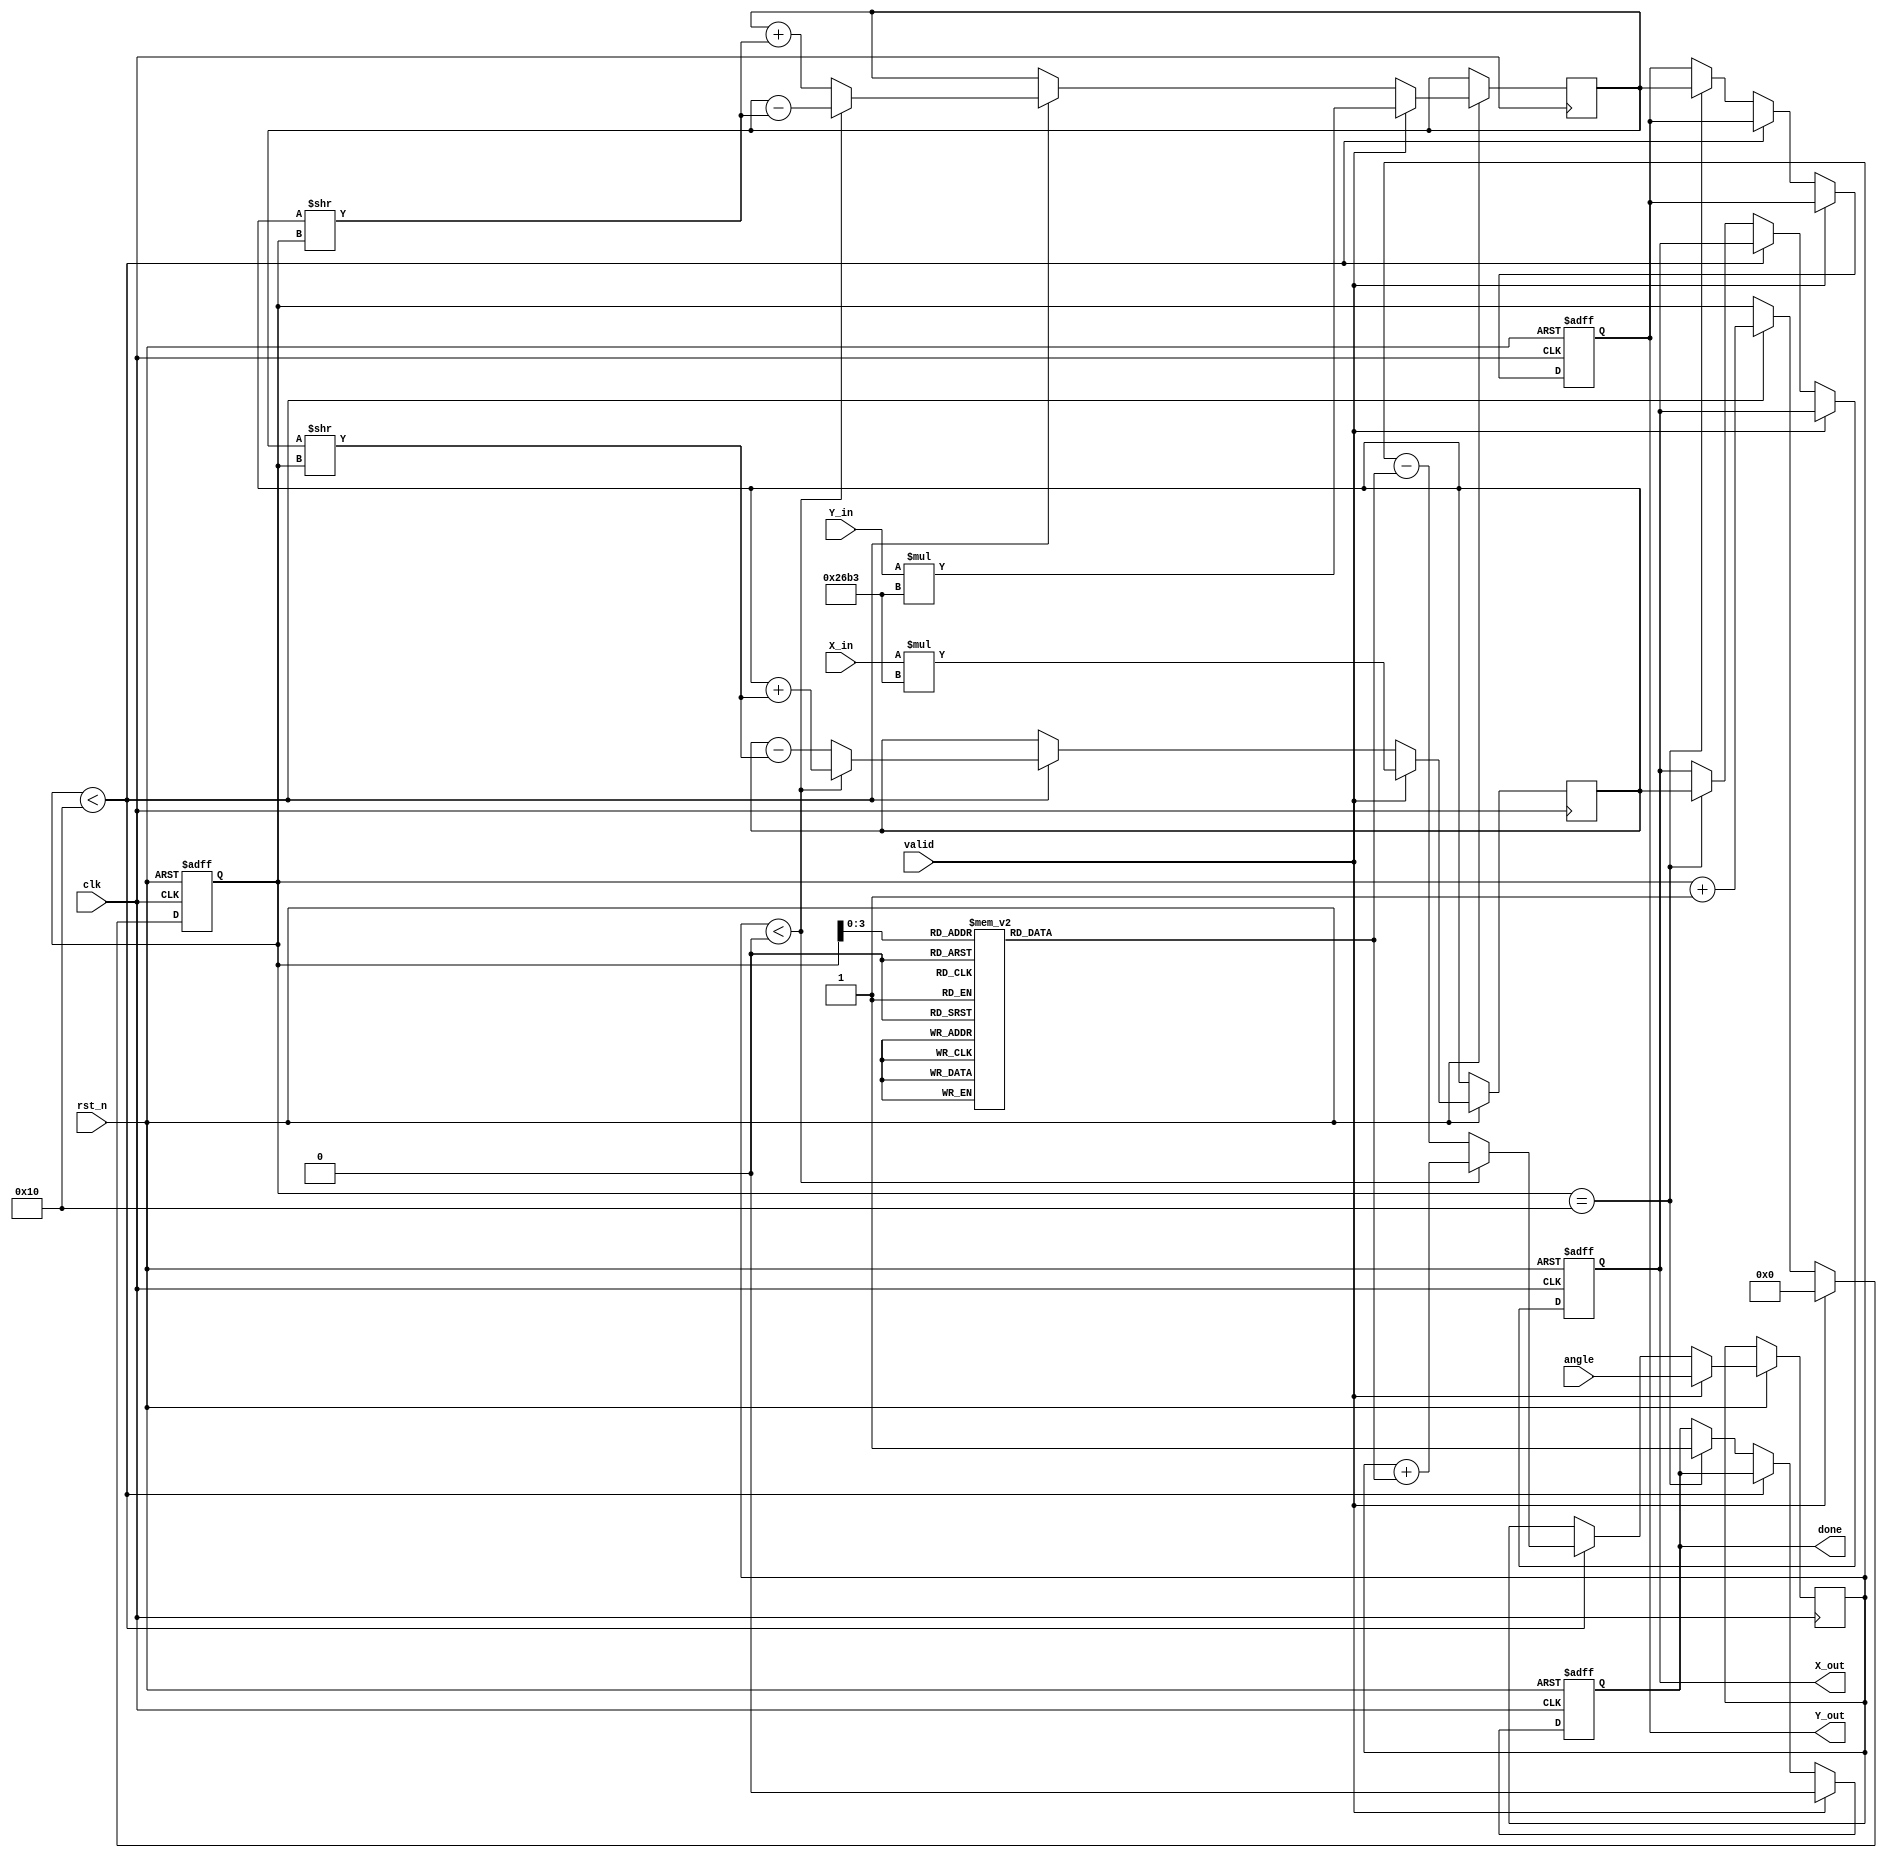
module cordic_fixed_point #(
    parameter WIDTH_X = 16,  // Total width of X coordinate
    parameter WIDTH_Y = 16,  // Total width of Y coordinate
    parameter N = 16          // Number of iterations
)(
    input wire clk,
    input wire rst_n,
    input wire valid,         // Input valid signal
    input wire [WIDTH_X-1:0] X_in, // X coordinate input
    input wire [WIDTH_Y-1:0] Y_in, // Y coordinate input
    input wire signed [15:0] angle, // Angle for rotation (fixed-point)
    output reg [WIDTH_X-1:0] X_out, // Final X coordinate output
    output reg [WIDTH_Y-1:0] Y_out, // Final Y coordinate output
    output reg done           // Processing done flag
);

    // Scaling factor (fixed-point representation)
    localparam SCALING_FACTOR = 16'h26B3; // Approx. 0.60725 in Q16.16

    // Lookup table for arctangent (atan(2^-i)) in fixed-point (Q16.16)
    reg signed [15:0] atan_table [0:N-1];

    // State variables
    reg [4:0] i; // Iteration counter
    reg [WIDTH_X-1:0] x; 
    reg [WIDTH_Y-1:0] y;
    reg signed [15:0] angle_current;
    
    // Initialize the atan lookup table
    initial begin
        atan_table[0] = 16'h2000; // atan(1) in Q16.16
        atan_table[1] = 16'h1908; // atan(1/2) in Q16.16
        atan_table[2] = 16'h147A; // atan(1/4) in Q16.16
        // Fill this table with precomputed values
        // Add more meaningful values for your application...
        // ...
    end

    // Sequential logic
    always @(posedge clk or negedge rst_n) begin
        if (!rst_n) begin
            // Reset state
            X_out <= 0;
            Y_out <= 0;
            done <= 0;
            i <= 0;
        end else if (valid) begin
            // Start of CORDIC process
            x <= X_in * SCALING_FACTOR; // Apply scaling factor to X_in
            y <= Y_in * SCALING_FACTOR; // Apply scaling factor to Y_in
            angle_current <= angle;
            done <= 0;
            i <= 0; // Initialize iterations
        end else if (i < N) begin
            // CORDIC iterations
            if (angle_current < 0) begin
                // Rotate clockwise
                angle_current <= angle_current + atan_table[i];
                x <= x + (y >> i);
                y <= y - (x >> i);
            end else begin
                // Rotate counter-clockwise
                angle_current <= angle_current - atan_table[i];
                x <= x - (y >> i);
                y <= y + (x >> i);
            end
            i <= i + 1; // Increment iteration counter
        end else if (i == N) begin
            // After last iteration, output results
            X_out <= x;
            Y_out <= y;
            done <= 1; // Indicate processing completion
        end
    end

endmodule